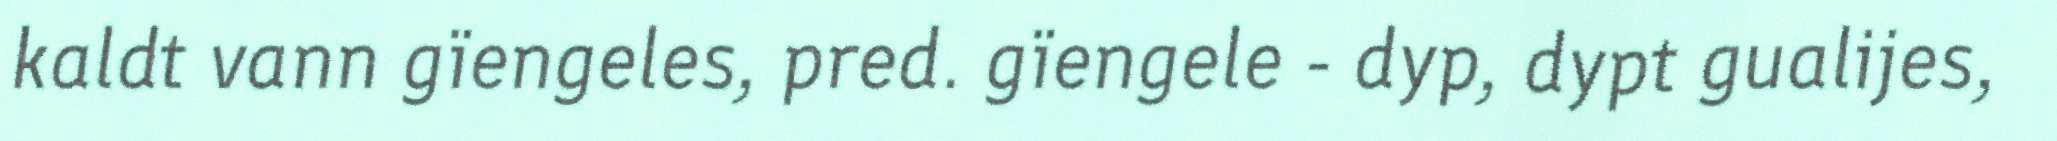
kaldt vann gïengeles, pred. gïengele - dyp, dypt gualijes,